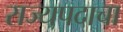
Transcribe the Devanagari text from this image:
राज्यपदाचा